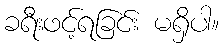
ခရီးဖင့်ရခြင်း မရှိပါ။